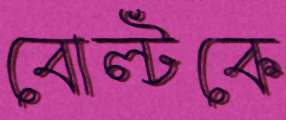
বোল্টকে